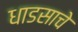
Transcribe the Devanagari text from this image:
धाडसाचे